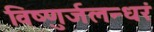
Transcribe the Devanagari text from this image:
विष्णुर्जलन्धरं